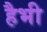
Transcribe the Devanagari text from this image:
हैभी